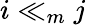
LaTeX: i\ll_{m}j